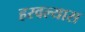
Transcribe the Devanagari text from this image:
हरवल्यास